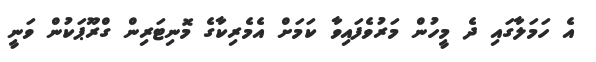
އެ ހަމަލާގައި ދެ މީހުން މަރުވެފައިވާ ކަމަށް އެމެރިކާގެ މޮނިޓަރިން ގްރޫޕަކުން ވަނީ